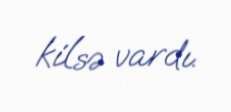
kilsə vardı.